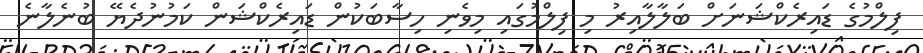
ފިލްމުގެ ޑައިރެކްޝަނަށް ބަލާލާއިރު މި ފިލްމުގައި މިވެނި ހިސާބަކުން ޑައިރެކްޝަން ކަމުނުދެޔޭ ބުނެލާނެ